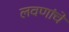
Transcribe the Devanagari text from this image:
लवणांचे